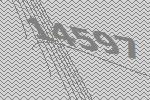
14597